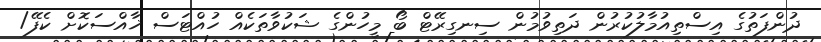
ދުންފަތުގެ އިސްތިއުމާލުކުރުން ދަތިވުމުން ސިނގިރޭޓް ބޯ މީހުންގެ ޝަކުވާތަކެއް ހުއްޓަސް ޚާއްސަކޮށް ކެފޭ/